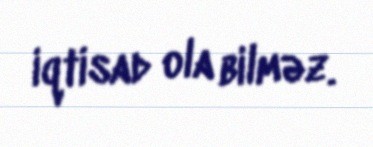
iqtisad ola bilməz.